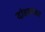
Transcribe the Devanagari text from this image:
दांडय़ावर